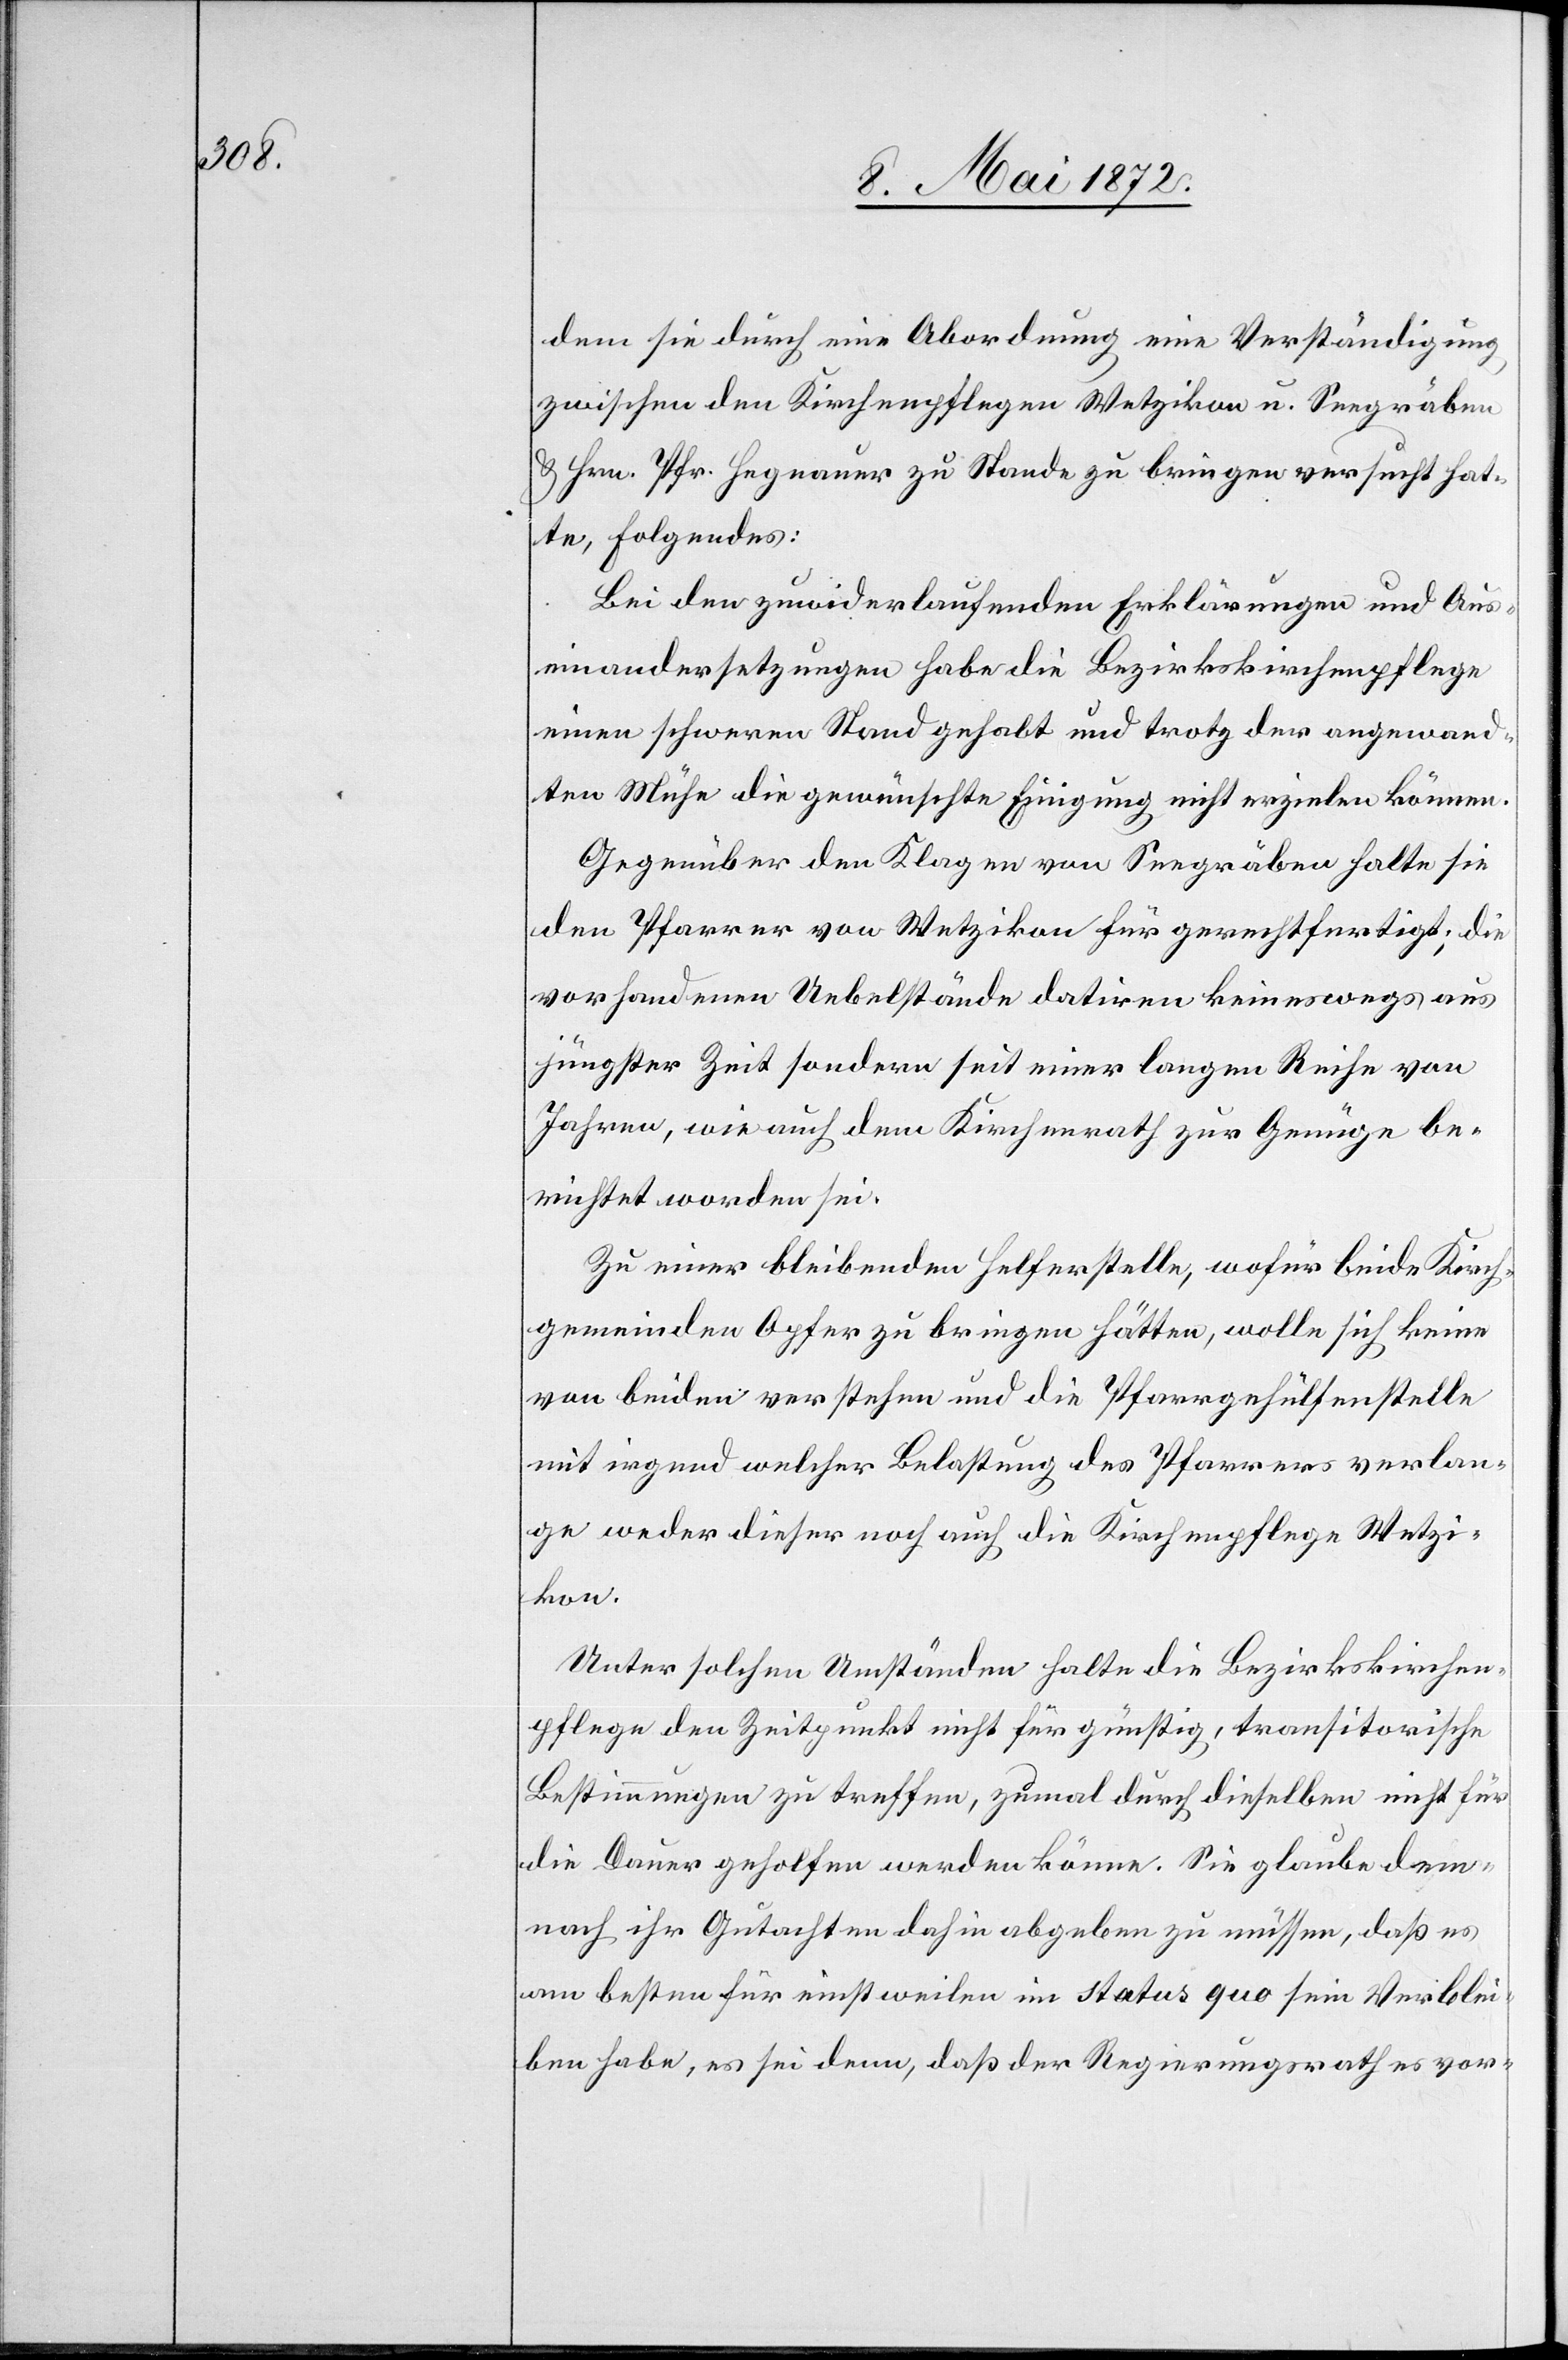
dem sie durch eine Abordnung eine Verständigung
zwischen den Kirchenpflegen Wetzikon u. Seegräben
u. Hrn. Pfr. Hegnauer zu Stande zu bringen versucht hat¬
te, folgendes:
Bei den zuwiderlaufenden Erklärungen und Aus¬
einandersetzungen habe die Bezirkskirchenpflege
einen schweren Stand gehabt und trotz der angewand¬
ten Mühe die gewünschte Einigung nicht erzielen können.
Gegenüber den Klagen von Seegräben halte sie
den Pfarrer von Wetzikon für gerechtfertigt; die
vorhandenen Uebelstände datiren keineswegs aus
jüngster Zeit sondern seit einer langen Reihe von
Jahren, wie auch dem Kirchenrath zur Genüge be¬
richtet worden sei.
Zu einer bleibenden Helferstelle, wofür beide Kirch¬
gemeinden Opfer zu bringen hätten, wolle sich keine
von beiden verstehen und die Pfarrgehülfenstelle
mit irgend welcher Belastung des Pfarrers verlan¬
ge weder dieser noch auch die Kirchenpflege Wetzi¬
kon.
Unter solchen Umständen halte die Bezirkskirchen¬
pflege den Zeitpunkt nicht für günstig, transitorische
Bestimmungen zu treffen, zumal durch dieselben nicht für
die Dauer geholfen werden könne. Sie glaube dem¬
nach ihr Gutachten dahin abgeben zu müssen, daß es
am besten für einstweilen im Status quo sein Verblei¬
ben habe, es sei denn, daß der Regierungsrath es vor-